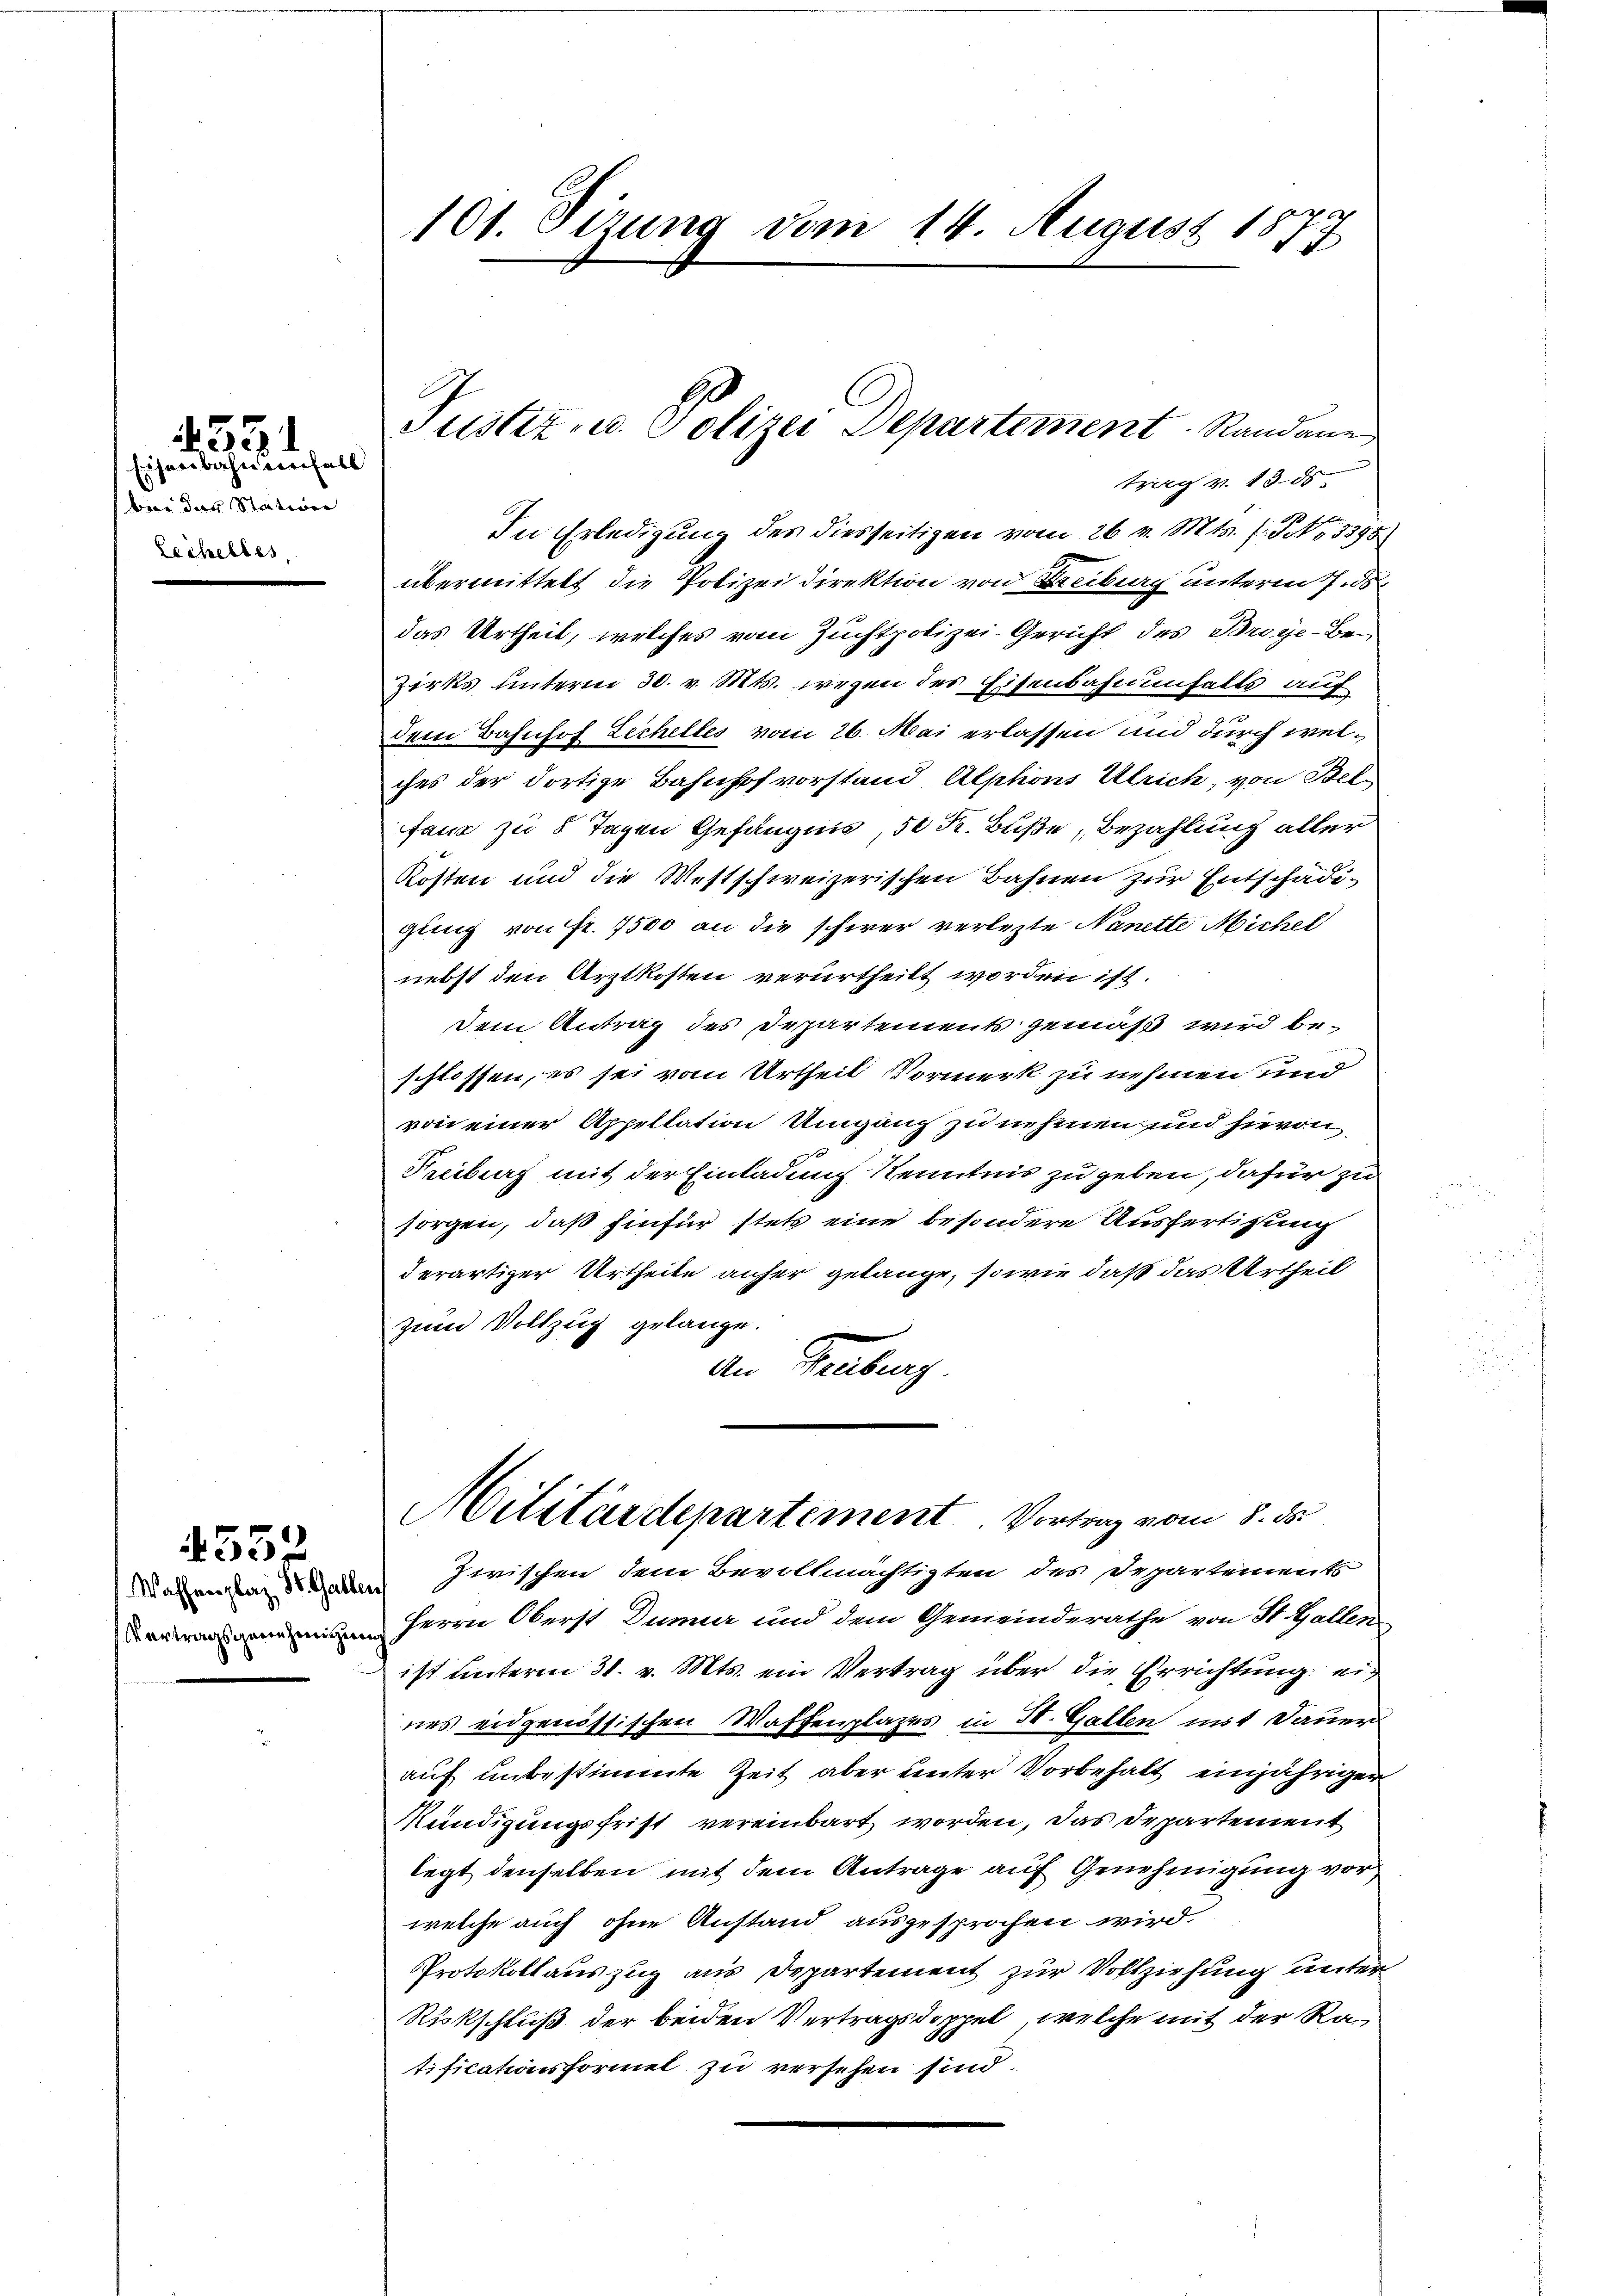
Eisenbahnenfall
bier das Station
Lechelles,

4351

Waffenplaz St. Galle
Vertragsgenehmigung

4552

101. Sizung vom 14. August 18
2

Justiz- u. Polizei Departement Randaue
trag v. 1385

In Erledigung des diesseitigen vom 26. v. Mts. f. No 3398
übermittelt die Polizei direktion von Freiburg unterm 7. d
das Urtheil, welches vom Zuchtpolizei-Gericht des Broye-Bezirks unterm 30. v. Mts. wegen des Eisenbahnenfalls auf
Dem Bahnhof Zechelles vom 26. Mai erlassen und durch welches der dortige Bahnhofvorstand Alphons Ulrich, von Bel
faus zu 8 Tagen Gefängnis, 50 K. Buße, Bezahlung aller
Kosten und die Westschweizerischen Bahnen zur Entschädigung von Fr. 7500 an die schwer verlezte Nanette Michel
nebst den Arztkosten verurtheilt worden ist.
dem Antrag des Departements gemäß wird beschlossen, es sei vom Urtheil Vormerk zu nehmen und
von einer Appellation Umgang zu nehmen und hievon
Fribung mit der Einladung Kenntnis zu geben, dafür zu
sorgen, daß hinfür stets eine besondere Ausfertigung
derartiger Urtheile anher gelange, sowie daß das Urtheil
zum Vollzug gelange.
an Hebung
Militärdepartement. Vortrag vom 8. ds.
Zwischen dem Bevollmächtigten des Separtements
d
Herrn Oberst Dunner und dem Gemeinderathe von St. Gallen
ist unterm 31. v. Mts. ein Vertrag über die Errichtung ein
nes eidgenössischen Waffenplazes in St. Gallen mit Dauer
auf unbestimmte Zeit aber unter Vorbehalt einjährigen
Mündigungsfrist vereinbart worden, das Departement
legt denselben mit dem Antrage auf Genehmigung vor
welche auch ohne Anstand ausgesprochen wird.
Protokollauszug aus Departement zur Vollziehung unter
Rückschluß der beiden Vertragsdoppel, welche mit der Ratificationsformel zu versehen sind.